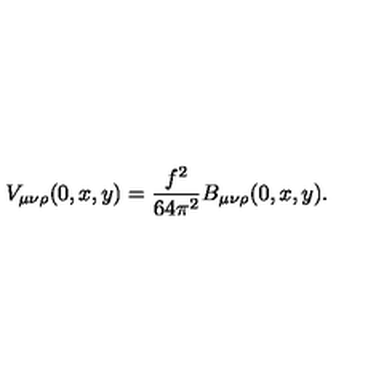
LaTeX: V _ { \mu \nu \rho } ( 0 , x , y ) = \frac { f ^ { 2 } } { 6 4 \pi ^ { 2 } } B _ { \mu \nu \rho } ( 0 , x , y ) .